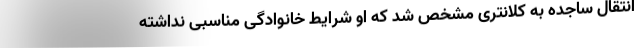
انتقال ساجده به کلانتری مشخص شد که او شرایط خانوادگی مناسبی نداشته